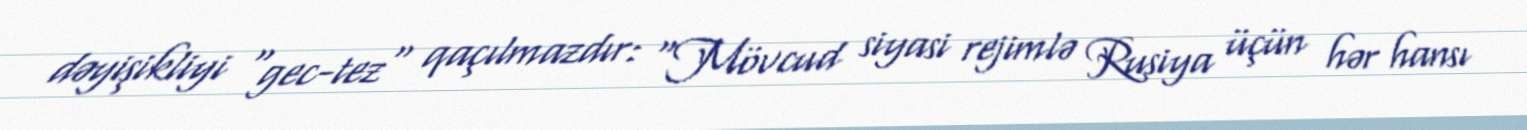
dəyişikliyi "gec-tez" qaçılmazdır: "Mövcud siyasi rejimlə Rusiya üçün hər hansı